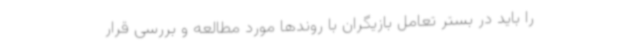
را باید در بستر تعامل بازیگران با روندها مورد مطالعه و بررسی قرار